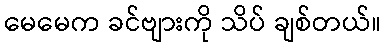
မေမေက ခင်ဗျားကို သိပ် ချစ်တယ်။